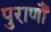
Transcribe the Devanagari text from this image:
पुराणौं